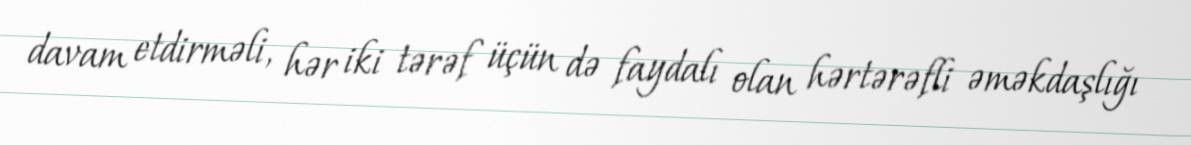
davam etdirməli, hər iki tərəf üçün də faydalı olan hərtərəfli əməkdaşlığı